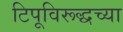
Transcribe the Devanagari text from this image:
टिपूविरूद्धच्या